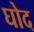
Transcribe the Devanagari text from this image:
घोद